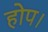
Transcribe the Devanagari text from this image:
होप।